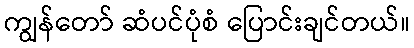
ကျွန်တော် ဆံပင်ပုံစံ ပြောင်းချင်တယ်။